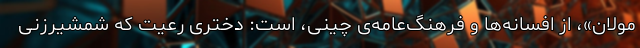
مولان»، از افسانه‌ها و فرهنگ‌عامه‌ی چینی، است: دختری رعیت که شمشیرزنی